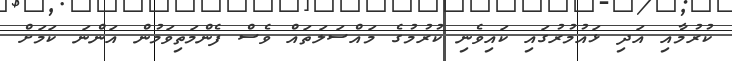
ކުރުމާއި އަދި ޅައުމުރުގައި ކައިވެނި ކުރުމުގެ މައްސަލަތައް ވެސް ފެންމަތިވަމުން އަންނަ ކަމަށް